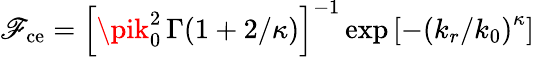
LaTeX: \mathscr{F}_{\mathrm{{ce}}}=\left[\pik_{0}^{2}\, \Gamma(1+2/\kappa)\right]^{-1}\exp{\left[-\left(k_{r}/k_{0}\right)^{\kappa}\right]}